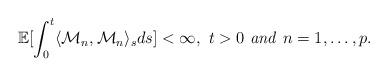
LaTeX: \begin{align*}\mathbb E[\int_0^t\langle {\mathcal M}_n, {\mathcal M}_n \rangle_s ds]<\infty, \ t>0\ { {\it and}\ n=1,\dots, p.}\end{align*}